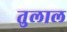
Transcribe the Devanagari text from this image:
तुलाल